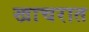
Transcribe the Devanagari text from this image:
खाचरात